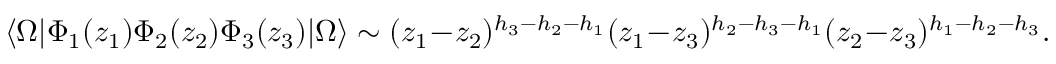
\langle \Omega | \Phi _ { 1 } ( z _ { 1 } ) \Phi _ { 2 } ( z _ { 2 } ) \Phi _ { 3 } ( z _ { 3 } ) | \Omega \rangle \sim ( z _ { 1 } - z _ { 2 } ) ^ { h _ { 3 } - h _ { 2 } - h _ { 1 } } ( z _ { 1 } - z _ { 3 } ) ^ { h _ { 2 } - h _ { 3 } - h _ { 1 } } ( z _ { 2 } - z _ { 3 } ) ^ { h _ { 1 } - h _ { 2 } - h _ { 3 } } .